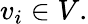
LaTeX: v_{i}\in V.